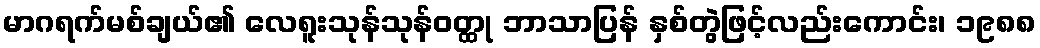
မာဂရက်မစ်ချယ်၏ လေရူးသုန်သုန်ဝတ္ထု ဘာသာပြန် နှစ်တွဲဖြင့်လည်းကောင်း၊ ၁၉၈၈